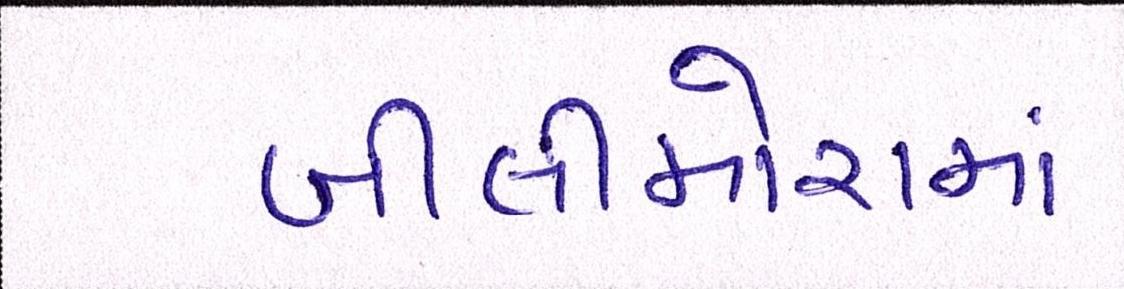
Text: બીલીમોરામાં